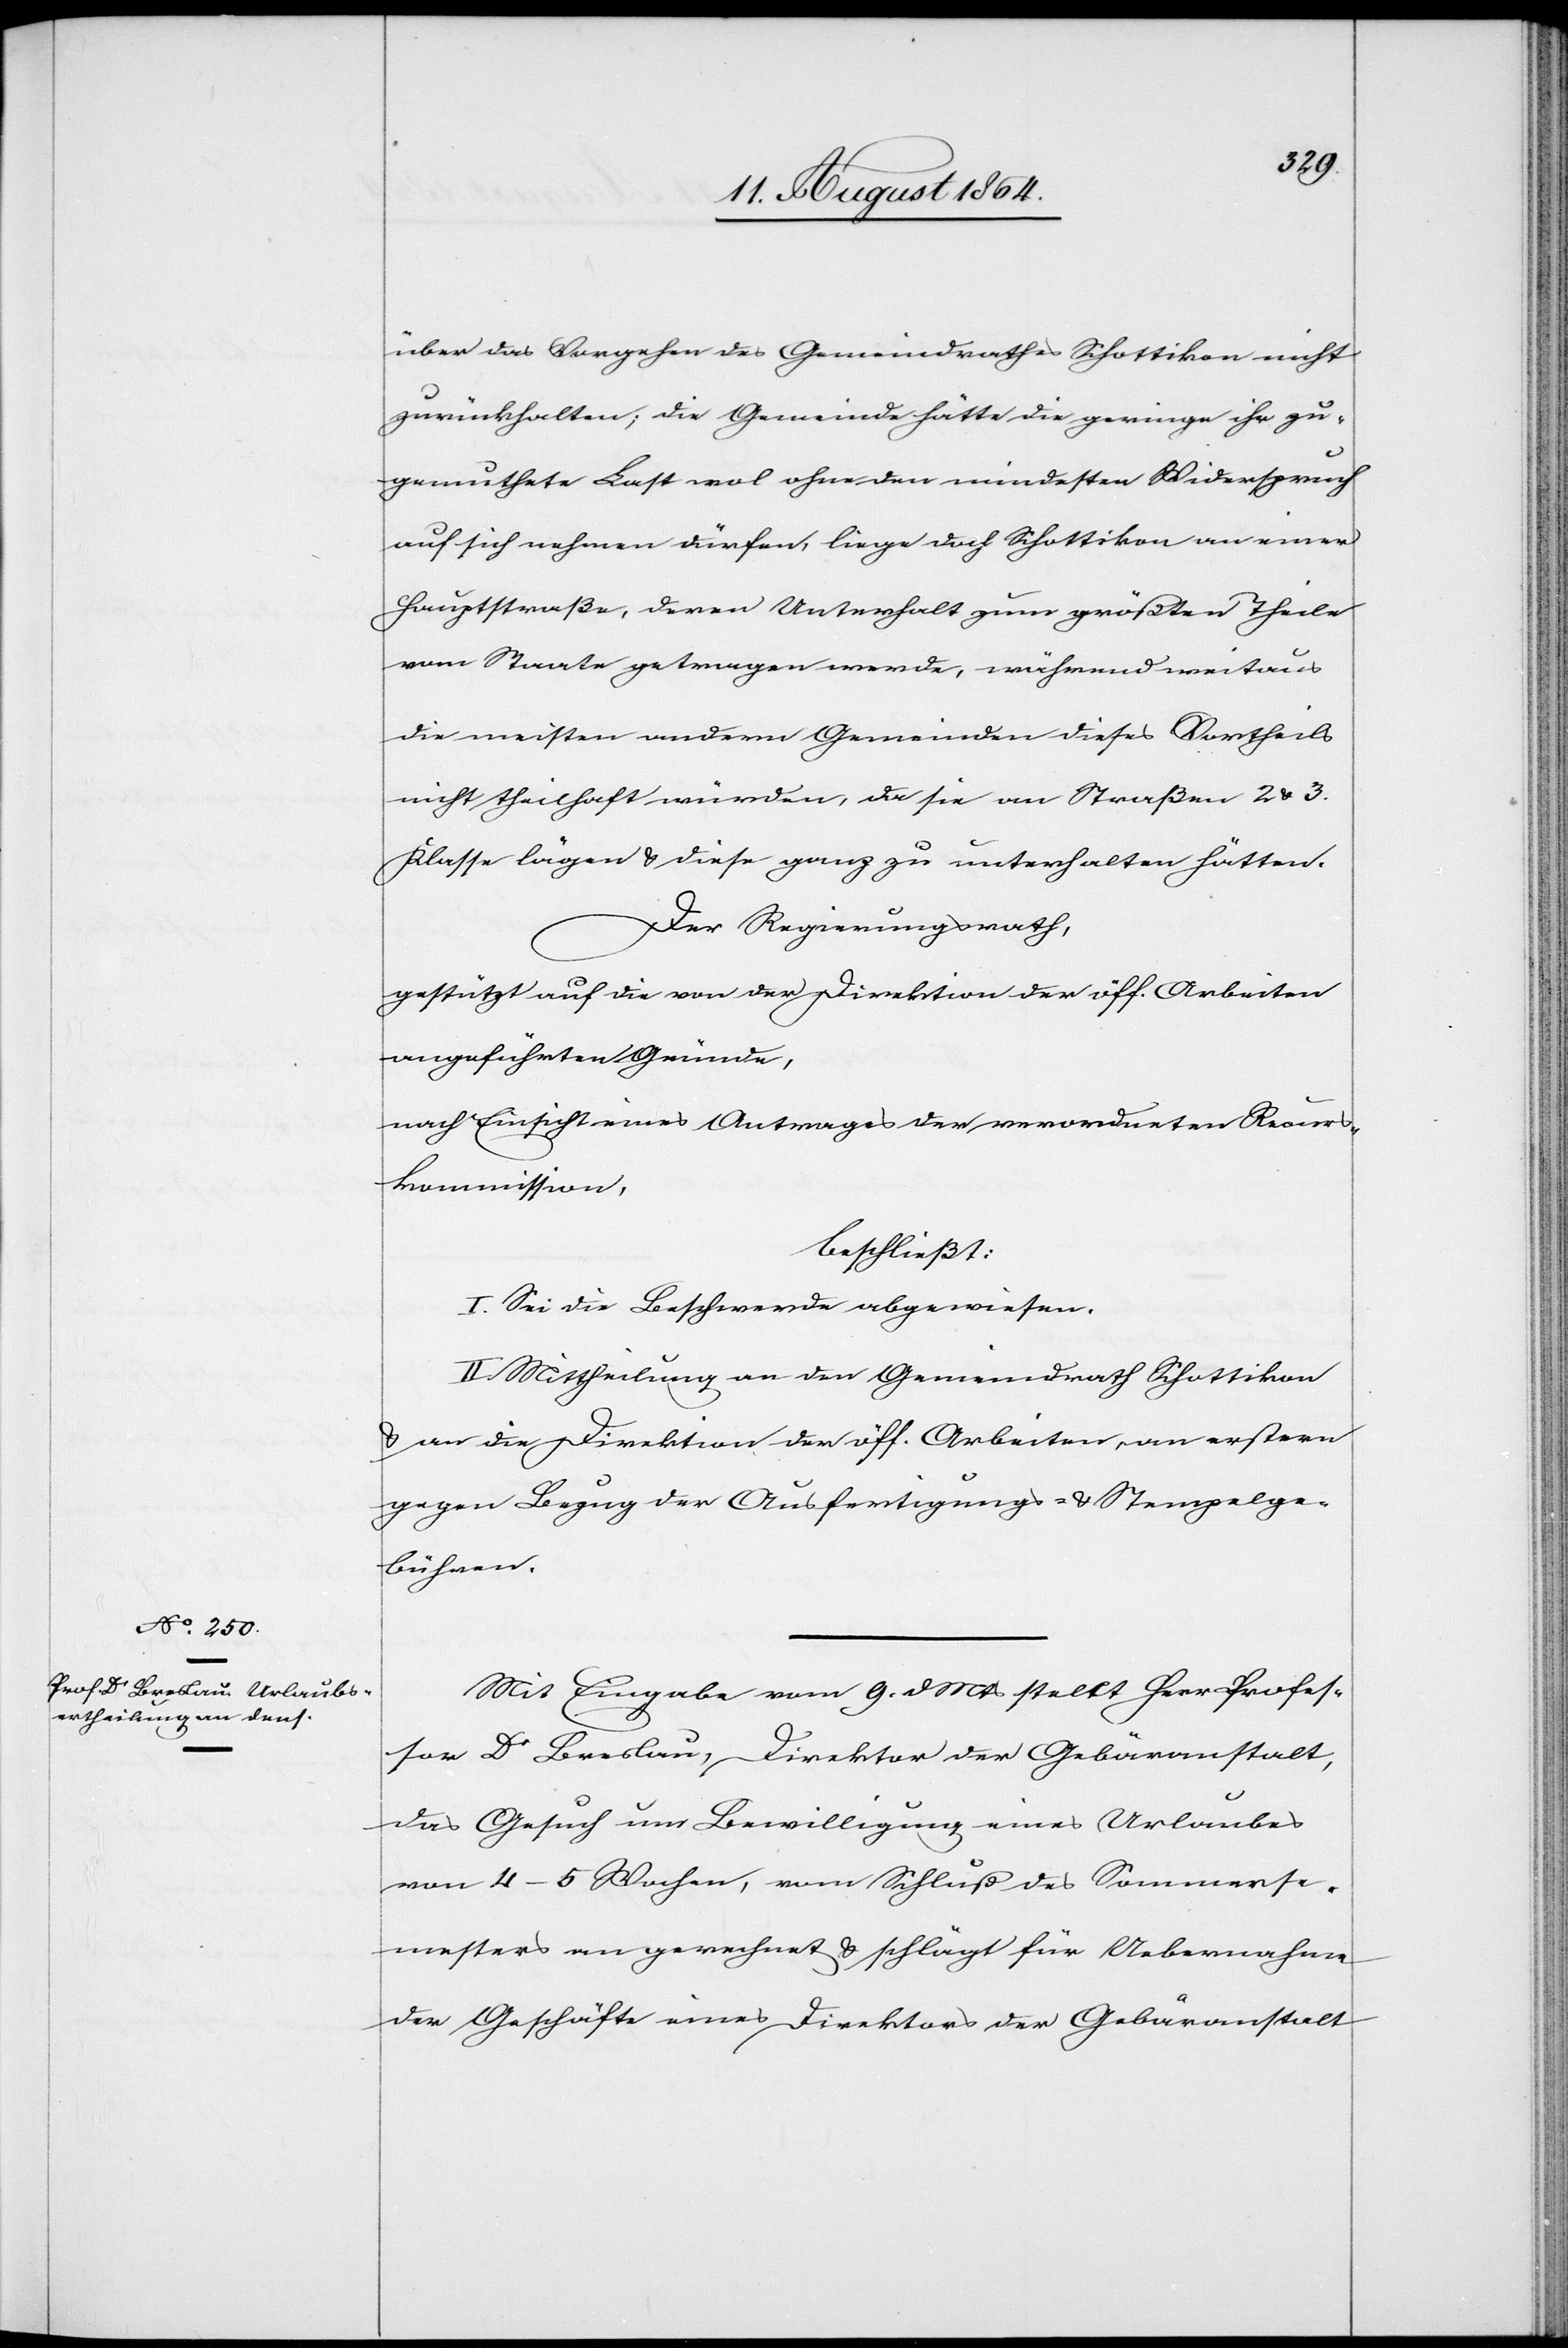
über das Vorgehen des Gemeindrathes Schottikon nicht
zurückhalten; die Gemeinde hätte die geringe ihr zu¬
gemuthete Last wol ohne den mindesten Widerspruch
auf sich nehmen dürfen, liege doch Schottikon an einer
Hauptstraße, deren Unterhalt zum größten Theile
vom Staate getragen werde, während weitaus
die meisten andern Gemeinden dieses Vortheils
nicht theilhaft würden, da sie an Straßen 2. & 3.
Klasse lägen & diese ganz zu unterhalten hätten.
Der Regierungsrath,
gestützt auf die von der Direktion der öff. Arbeiten
angeführten Gründe
nach Einsicht eines Antrages der verordneten Recurs¬
kommission,
beschließt:
I. Sei die Beschwerde abgewiesen.
II. Mittheilung an den Gemeindrath Schottikon
& an die Direktion der öff. Arbeiten, an erstern
gegen Bezug der Ausfertigungs- & Stempelge¬
bühren.
Mit Eingabe vom 9. d. Mts stellt Herr Profes¬
sor Dr Breslau, Direktor der Gebäranstalt,
das Gesuch um Bewilligung eines Urlaubes
von 4–5 Wochen, vom Schluß des Sommerse¬
mesters an gerechnet & schlägt für Uebernahme
der Geschäfte eines Direktors der Gebäranstalt